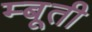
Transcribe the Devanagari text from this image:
म्बूती